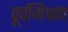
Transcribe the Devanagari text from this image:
पूर्वमिश्रण